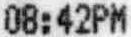
08:42PM